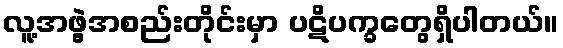
လူ့အဖွဲ့အစည်းတိုင်းမှာ ပဋိပက္ခတွေရှိပါတယ်။